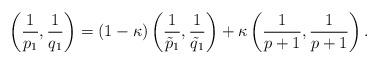
LaTeX: \begin{align*} \left(\frac{1}{p_1},\frac{1}{q_1}\right) = (1-\kappa)\left(\frac{1}{\tilde{p}_1},\frac{1}{\tilde{q}_1}\right) + \kappa \left(\frac{1}{p+1},\frac{1}{p+1}\right).\end{align*}